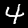
Digit: 4